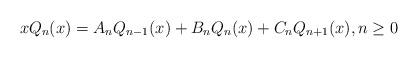
LaTeX: \begin{align*}xQ_n(x) = A_nQ_{n-1}(x) + B_nQ_n(x) + C_nQ_{n+1}(x),n \ge 0\end{align*}